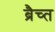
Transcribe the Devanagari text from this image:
ब्रैच्त